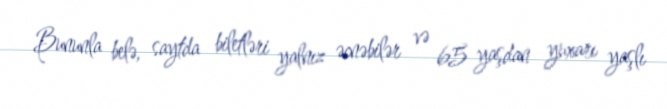
Bununla belə, saytda biletləri yalnız əcnəbilər və 65 yaşdan yuxarı yaşlı